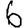
Digit: 6